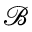
\mathcal { B }